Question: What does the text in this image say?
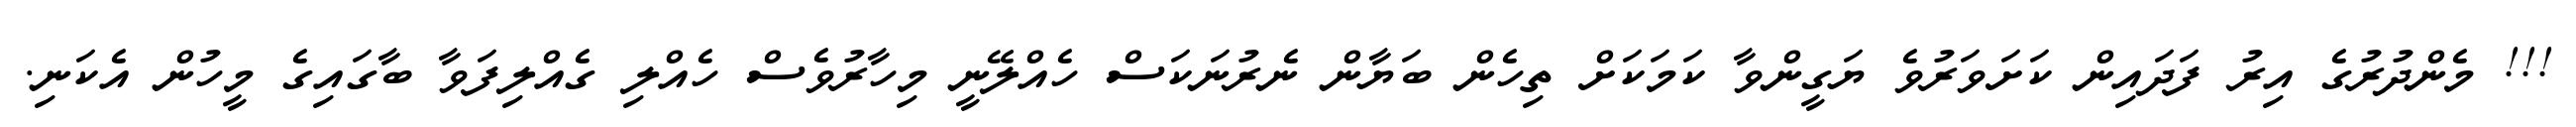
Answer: !!! މެންދުރުގެ އިރު ފަދައިން ކަށަވަރުވެ ޔަގީންވާ ކަމަކަށް ތިހެން ބަޔާން ނެރުނަކަސް ހެއްލޭނީ މިހާރުވެސް ހެއްލި ގެއްލިފަވާ ބާގައިގެ މީހުން އެކަނި.